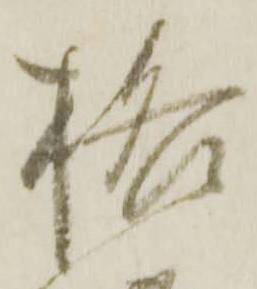
格